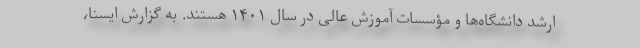
ارشد دانشگاه‌ها و مؤسسات آموزش عالی در سال ۱۴۰۱ هستند. به گزارش ایسنا،